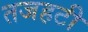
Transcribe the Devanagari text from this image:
तजहटी